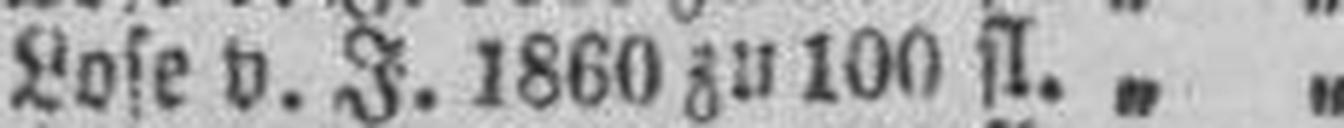
Lose v. J. 1860 zu 100 fl. „ „ „